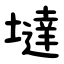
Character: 墶